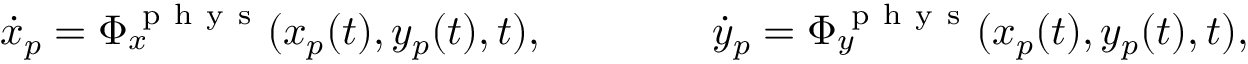
\dot { x } _ { p } = \Phi _ { x } ^ { \mathrm { ~ p ~ h ~ y ~ s ~ } } ( x _ { p } ( t ) , y _ { p } ( t ) , t ) , \qquad \qquad \dot { y } _ { p } = \Phi _ { y } ^ { \mathrm { ~ p ~ h ~ y ~ s ~ } } ( x _ { p } ( t ) , y _ { p } ( t ) , t ) ,